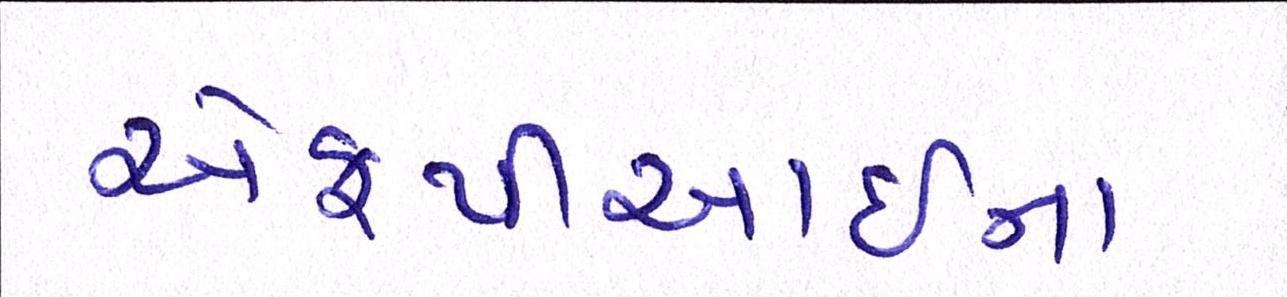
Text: એફપીઆઇના